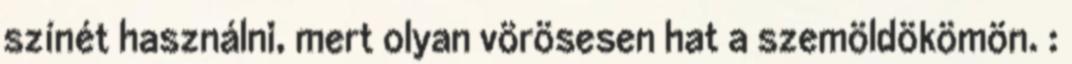
színét használni, mert olyan vörösesen hat a szemöldökömön. :